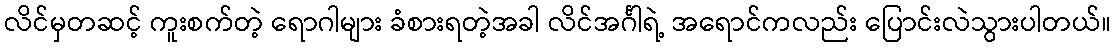
လိင်မှတဆင့် ကူးစက်တဲ့ ရောဂါများ ခံစားရတဲ့အခါ လိင်အင်္ဂါရဲ့ အရောင်ကလည်း ပြောင်းလဲသွားပါတယ်။